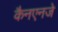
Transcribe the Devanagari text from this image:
कैनएनजे